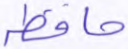
حافظة